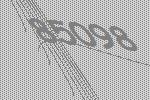
85098